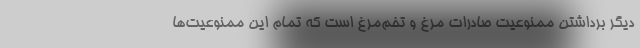
دیگر برداشتن ممنوعیت صادرات مرغ و تخم‌مرغ است که تمام این ممنوعیت‌ها